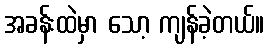
အခန်းထဲမှာ သော့ ကျန်ခဲ့တယ်။